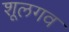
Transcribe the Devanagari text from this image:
शूलगव